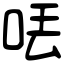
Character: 𠲍